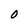
Character: 0